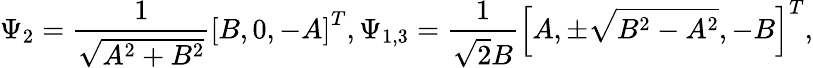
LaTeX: \Psi_{2}=\frac{1}{\sqrt{A^{2}+B^{2}}}\left[B,0,-A\right]^{T},\Psi_{1,3}=\frac{1}{\sqrt{2}B}\left[A,\pm\sqrt{B^{2}-A^{2}},-B\right]^{T},